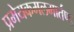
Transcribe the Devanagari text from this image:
प्रमेयकमलमार्तण्ड